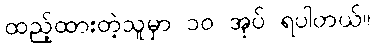
ထည့်ထားတဲ့သူမှာ ၁၀ အုပ် ရပါတယ်။